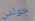
جولدن